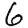
Digit: 6